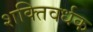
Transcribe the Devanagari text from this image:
शक्‍तिवर्धक